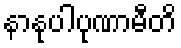
နာနုပါပုဏာမီတိ